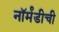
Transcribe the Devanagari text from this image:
नॉर्मंडीची